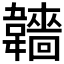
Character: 𩏫